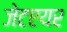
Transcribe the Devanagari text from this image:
जेटएयर